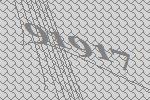
91917